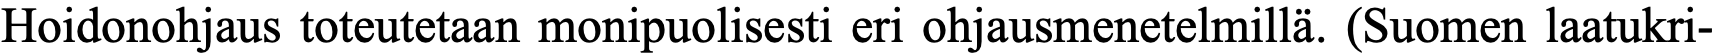
Hoidonohjaus toteutetaan monipuolisesti eri ohjausmenetelmillä. (Suomen laatukri-